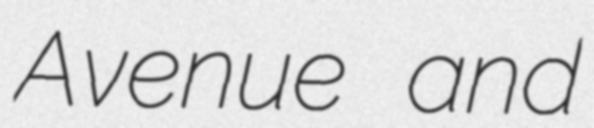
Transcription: Avenue and